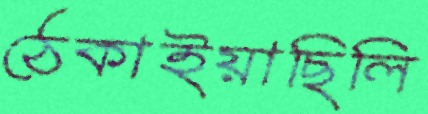
ঠেকাইয়াছিলি